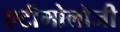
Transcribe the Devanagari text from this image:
एटीमोलोजी